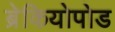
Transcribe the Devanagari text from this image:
ब्रेकियोपोड